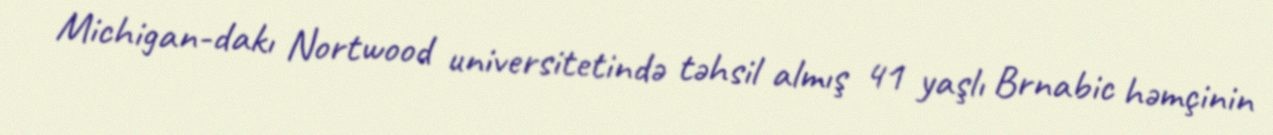
Michigan-dakı Nortwood universitetində təhsil almış 41 yaşlı Brnabic həmçinin